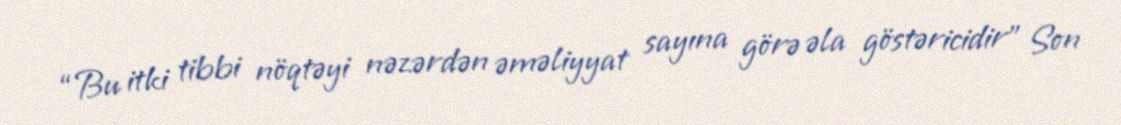
“Bu itki tibbi nöqtəyi nəzərdən əməliyyat sayına görə əla göstəricidir” Son